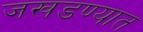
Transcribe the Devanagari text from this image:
जखडण्यात